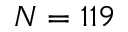
N = 1 1 9